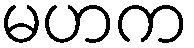
မဟက